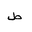
Letter: _da